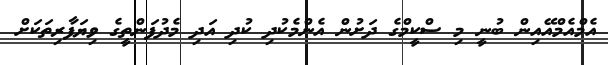
އެމްއެމްއޭއިން ބުނީ މި ސްކީމްގެ ދަށުން އެންމެކުދި ކުދި އަދި މެދުފަންތީގެ ވިޔަފާރިތަކަށް